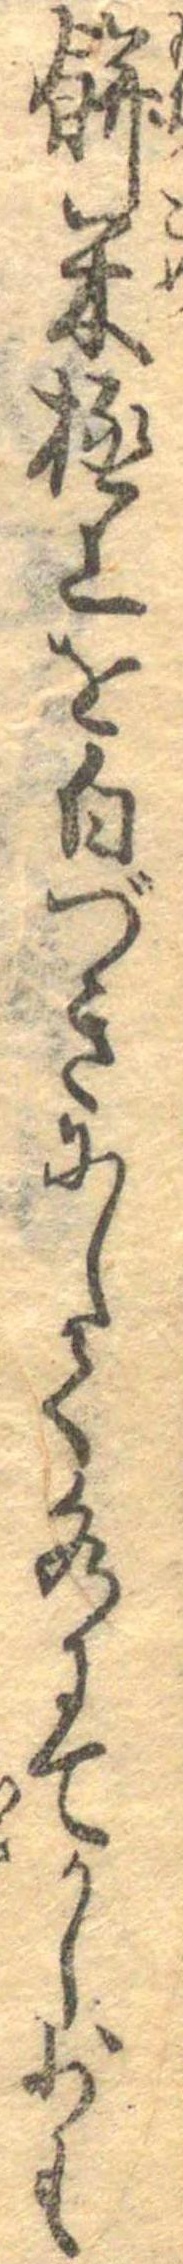
餅米極上を白づきにして水にてかし少も